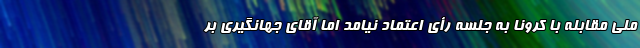
ملی مقابله با کرونا به جلسه رأی اعتماد نیامد اما آقای جهانگیری بر